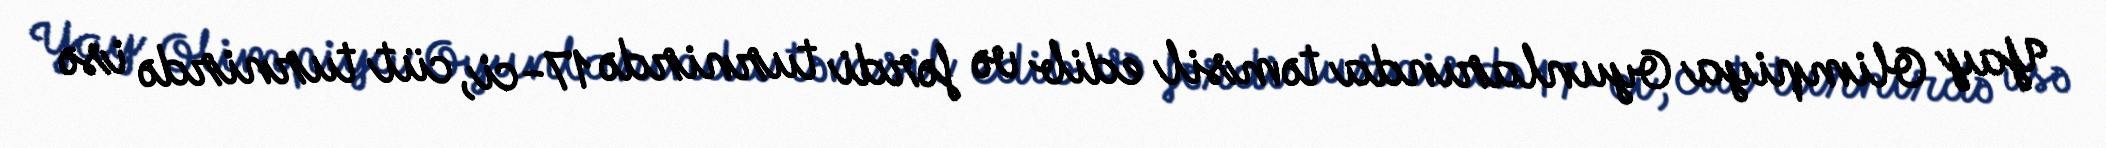
Yay Olimpiya Oyunlarında təmsil edib və fərdi turnirdə 17-ci, cüt turnirdə isə